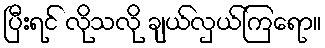
ပြီးရင် လိုသလို ချယ်လှယ်ကြရော။